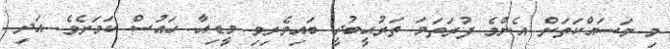
މި މަސައްކަތަށް އެންމެ ފުރަތަމަ ތަރުޙީބުދީ ބައިވެރިވި މީޑިއާ ހައުސް ކަމަށެވެ. އަދި